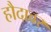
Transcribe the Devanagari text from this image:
हौदावर